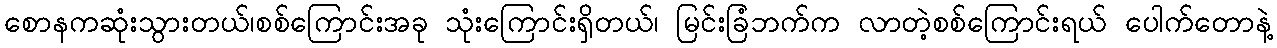
စောနကဆုံးသွားတယ်၊စစ်ကြောင်းအခု သုံးကြောင်းရှိတယ်၊ မြင်းခြံဘက်က လာတဲ့စစ်ကြောင်းရယ် ပေါက်တောနဲ့